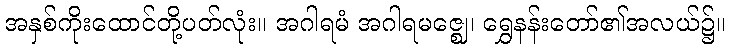
အနှစ်ကိုးထောင်တို့ပတ်လုံး။ အဂါရမံ အဂါရမဇ္ဈေ၊ ရွှေနန်းတော်၏အလယ်၌။